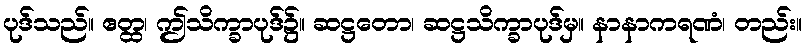
ပုဒ်သည်။ ဧတ္ထ၊ ဤသိက္ခာပုဒ်၌။ ဆဋ္ဌတော၊ ဆဋ္ဌသိက္ခာပုဒ်မှ။ နာနာကရဏံ၊ တည်း။